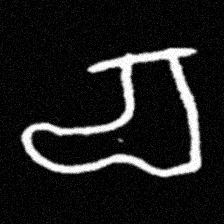
Pyu character \u2014 Myanmar letter: စ (romanized: ca)